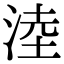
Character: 淕